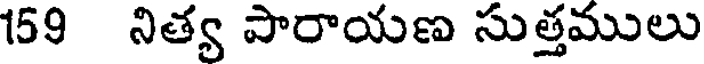
159 నిత్య పారాయణ సుత్తములు